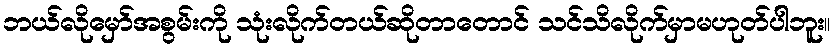
ဘယ်လိုမှော်အစွမ်းကို သုံးလိုက်တယ်ဆိုတာတောင် သင်သိလိုက်မှာမဟုတ်ပါဘူး။